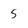
Character: 5